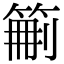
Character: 𥮚